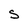
Character: S